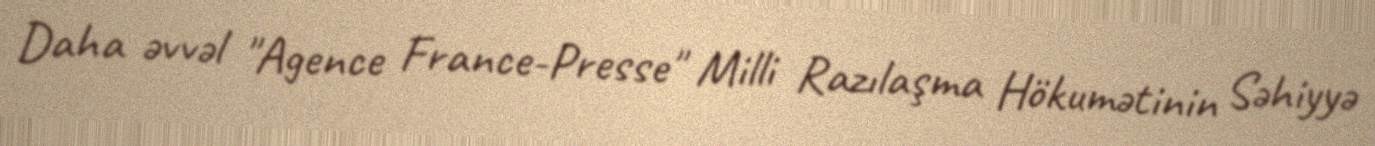
Daha əvvəl "Agence France-Presse" Milli Razılaşma Hökumətinin Səhiyyə